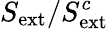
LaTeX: S_{\mathrm{ext}}/S_{\mathrm{ext}}^{c}